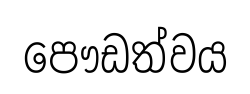
පෞඩත්වය